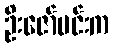
ဦးဇော်မင်းက